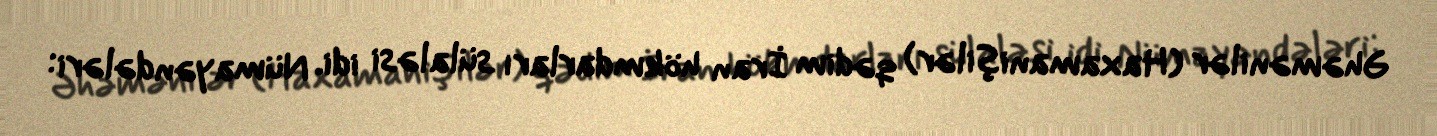
Əhəmənilər (Haxamanişilər) qədim İran hökmdarları sülaləsi idi. Nümayəndələri: